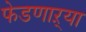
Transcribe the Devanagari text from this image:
फेडणाऱ्या